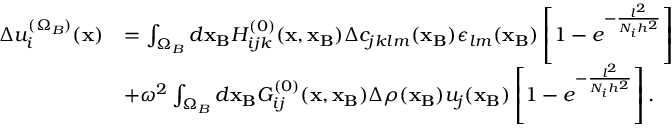
\begin{array} { r l } { \Delta u _ { i } ^ { ( \Omega _ { B } ) } ( { \bf x } ) } & { = \int _ { \Omega _ { B } } d { \bf x _ { B } } H _ { i j k } ^ { ( 0 ) } ( { \bf x } , { \bf x _ { B } } ) \Delta c _ { j k l m } ( { \bf x _ { B } } ) \epsilon _ { l m } ( { \bf x _ { B } } ) \left[ 1 - e ^ { - \frac { l ^ { 2 } } { N _ { i } h ^ { 2 } } } \right] } \\ & { + \omega ^ { 2 } \int _ { \Omega _ { B } } d { \bf x _ { B } } G _ { i j } ^ { ( 0 ) } ( { \bf x } , { \bf x _ { B } } ) \Delta \rho ( { \bf x _ { B } } ) u _ { j } ( { \bf x _ { B } } ) \left[ 1 - e ^ { - \frac { l ^ { 2 } } { N _ { i } h ^ { 2 } } } \right] . } \end{array}